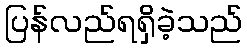
ပြန်လည်ရရှိခဲ့သည်